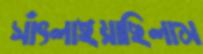
সাঁৎলাইয়াছিলাম